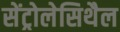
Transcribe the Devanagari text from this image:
सेंट्रोलेसिथैल